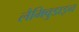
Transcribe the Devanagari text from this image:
लैमिवुडाइन